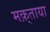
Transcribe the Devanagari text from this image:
मक़्ताया